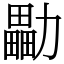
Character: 㔣